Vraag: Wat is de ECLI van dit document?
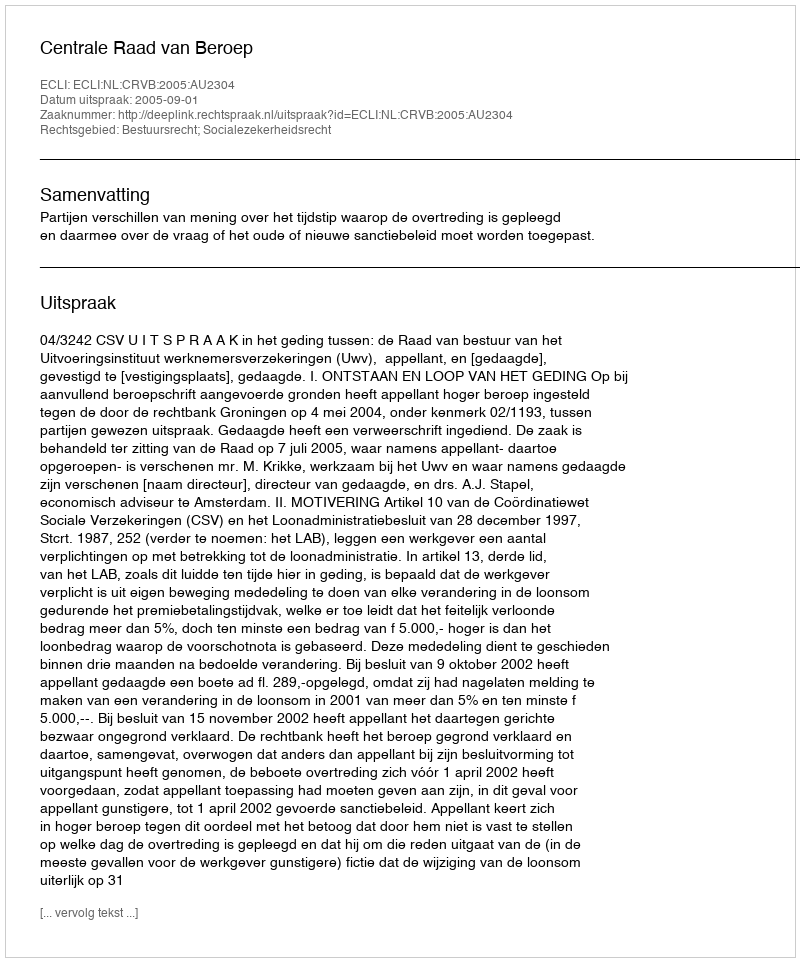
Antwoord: ECLI:NL:CRVB:2005:AU2304